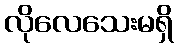
လိုလေသေးမရှိ